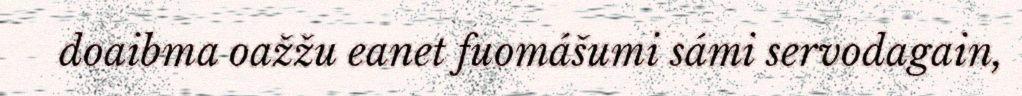
doaibma oažžu eanet fuomášumi sámi servodagain,